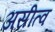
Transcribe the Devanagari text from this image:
असीत्व